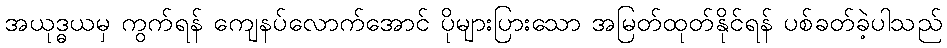
အယုဒ္ဓယမှ ကွက်ရန် ကျေနပ်လောက်အောင် ပိုများပြားသော အမြတ်ထုတ်နိုင်ရန် ပစ်ခတ်ခဲ့ပါသည်